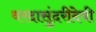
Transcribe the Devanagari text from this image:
वरदासुंदरीदेवी